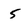
Character: 5